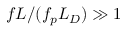
f L / ( f _ { p } L _ { D } ) \gg 1